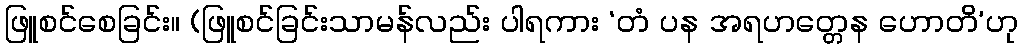
ဖြူစင်စေခြင်း။ (ဖြူစင်ခြင်းသာမန်လည်း ပါရကား ‘တံ ပန အရဟတ္တေန ဟောတိ’ဟု